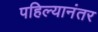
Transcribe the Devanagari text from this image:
पहिल्यानंतर